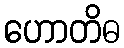
ဟောတိဓ